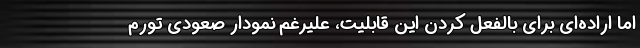
اما اراده‌ای برای بالفعل کردن این قابلیت، علیرغم نمودار صعودی تورم